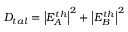
D _ { t a l } = \left| E _ { A } ^ { t h } \right| ^ { 2 } + \left| E _ { B } ^ { t h } \right| ^ { 2 }